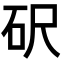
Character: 𥐮